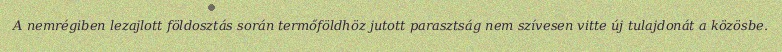
A nemrégiben lezajlott földosztás során termőföldhöz jutott parasztság nem szívesen vitte új tulajdonát a közösbe.